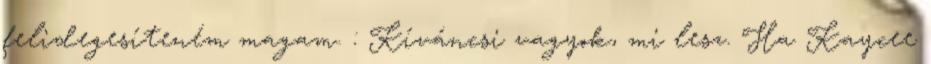
felidegesíteném magam. : Kíváncsi vagyok, mi lesz. Ha Kaycee